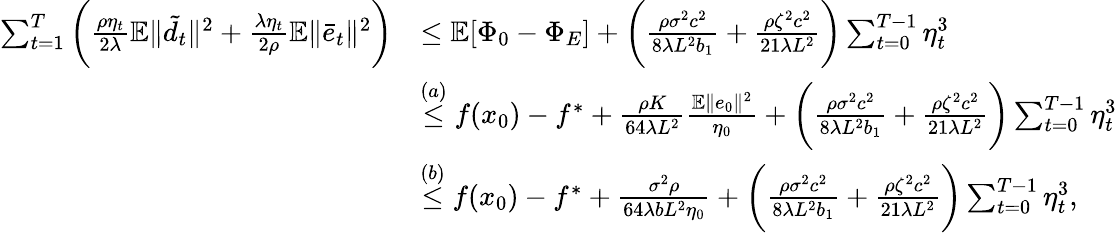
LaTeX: \begin{array}{rl}{\sum_{t=1}^{T}\bigg(\frac{\rho\eta_{t}}{2\lambda}\mathbb{E}\| \tilde{d}_{t}\| ^{2}+\frac{\lambda\eta_{t}}{2\rho}\mathbb{E}\| \bar{e}_{t}\| ^{2}\bigg)}&{\leq\mathbb{E}[\Phi_{0}-\Phi_{E}]+\bigg(\frac{\rho\sigma^{2}c^{2}}{8\lambda L^{2}b_{1}}+\frac{\rho\zeta^{2}c^{2}}{21\lambda L^{2}}\bigg)\sum_{t=0}^{T-1}\eta_{t}^{3}}\\ &{\overset{(a)}{\leq}f(x_{0})-f^{\ast}+\frac{\rho K}{64\lambda L^{2}}\frac{\mathbb{E}\| e_{0}\| ^{2}}{\eta_{0}}+\bigg(\frac{\rho\sigma^{2}c^{2}}{8\lambda L^{2}b_{1}}+\frac{\rho\zeta^{2}c^{2}}{21\lambda L^{2}}\bigg)\sum_{t=0}^{T-1}\eta_{t}^{3}}\\ &{\overset{(b)}{\leq}f(x_{0})-f^{\ast}+\frac{\sigma^{2}\rho}{64\lambda bL^{2}\eta_{0}}+\bigg(\frac{\rho\sigma^{2}c^{2}}{8\lambda L^{2}b_{1}}+\frac{\rho\zeta^{2}c^{2}}{21\lambda L^{2}}\bigg)\sum_{t=0}^{T-1}\eta_{t}^{3},}\end{array}